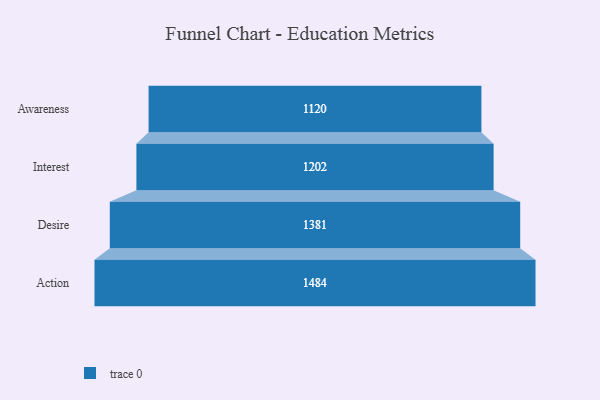
{"axis": {"x": "Stage", "y": "Value"}, "legend": [""], "data": [{"x": "Awareness", "y": 1120.0, "type": ""}, {"x": "Interest", "y": 1202.0, "type": ""}, {"x": "Desire", "y": 1381.0, "type": ""}, {"x": "Action", "y": 1484.0, "type": ""}]}